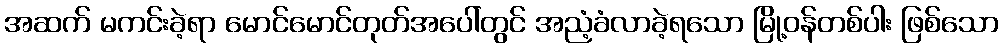
အဆက် မကင်းခဲ့ရာ မောင်မောင်တုတ်အပေါ်တွင် အညံ့ခံလာခဲ့ရသော မြို့ဝန်တစ်ပါး ဖြစ်သော